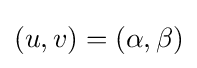
(u,v)=(\alpha ,\beta )